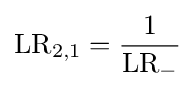
\mathrm {LR} _{2,1}={\frac {1}{\mathrm {LR} _{-}}}